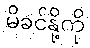
မိခင်နို့ကို